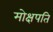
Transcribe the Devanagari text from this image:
मोक्षपति